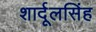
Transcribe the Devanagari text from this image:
शार्दूलसिंह